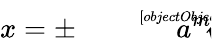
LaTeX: x=\pm{\sqrt[[objectObject]]{a^{m}}}